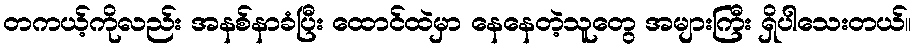
တကယ့်ကိုလည်း အနစ်နာခံပြီး ထောင်ထဲမှာ နေနေတဲ့သူတွေ အများကြီး ရှိပါသေးတယ်။